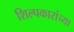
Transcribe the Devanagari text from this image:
शिल्पकारांच्या